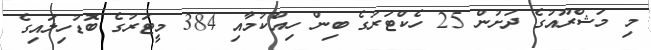
މި މަޝްރޫއުގެ ދަށުން 25 ހެކްޓަރުގެ ބިން ހިއްކުމާއި 384 މީޓަރުގެ ބޮޑުހިލައިގެ